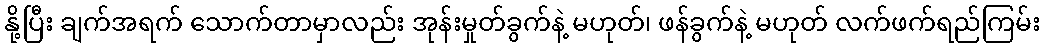
နို့ပြီး ချက်အရက် သောက်တာမှာလည်း အုန်းမှုတ်ခွက်နဲ့ မဟုတ်၊ ဖန်ခွက်နဲ့ မဟုတ် လက်ဖက်ရည်ကြမ်း